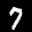
Label: 7